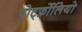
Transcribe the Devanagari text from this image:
पोर्ट्फ़ोलियो